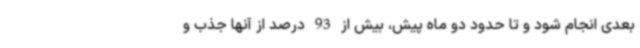
بعدی انجام شود و تا حدود دو ماه پیش، بیش از 93 درصد از آنها جذب و